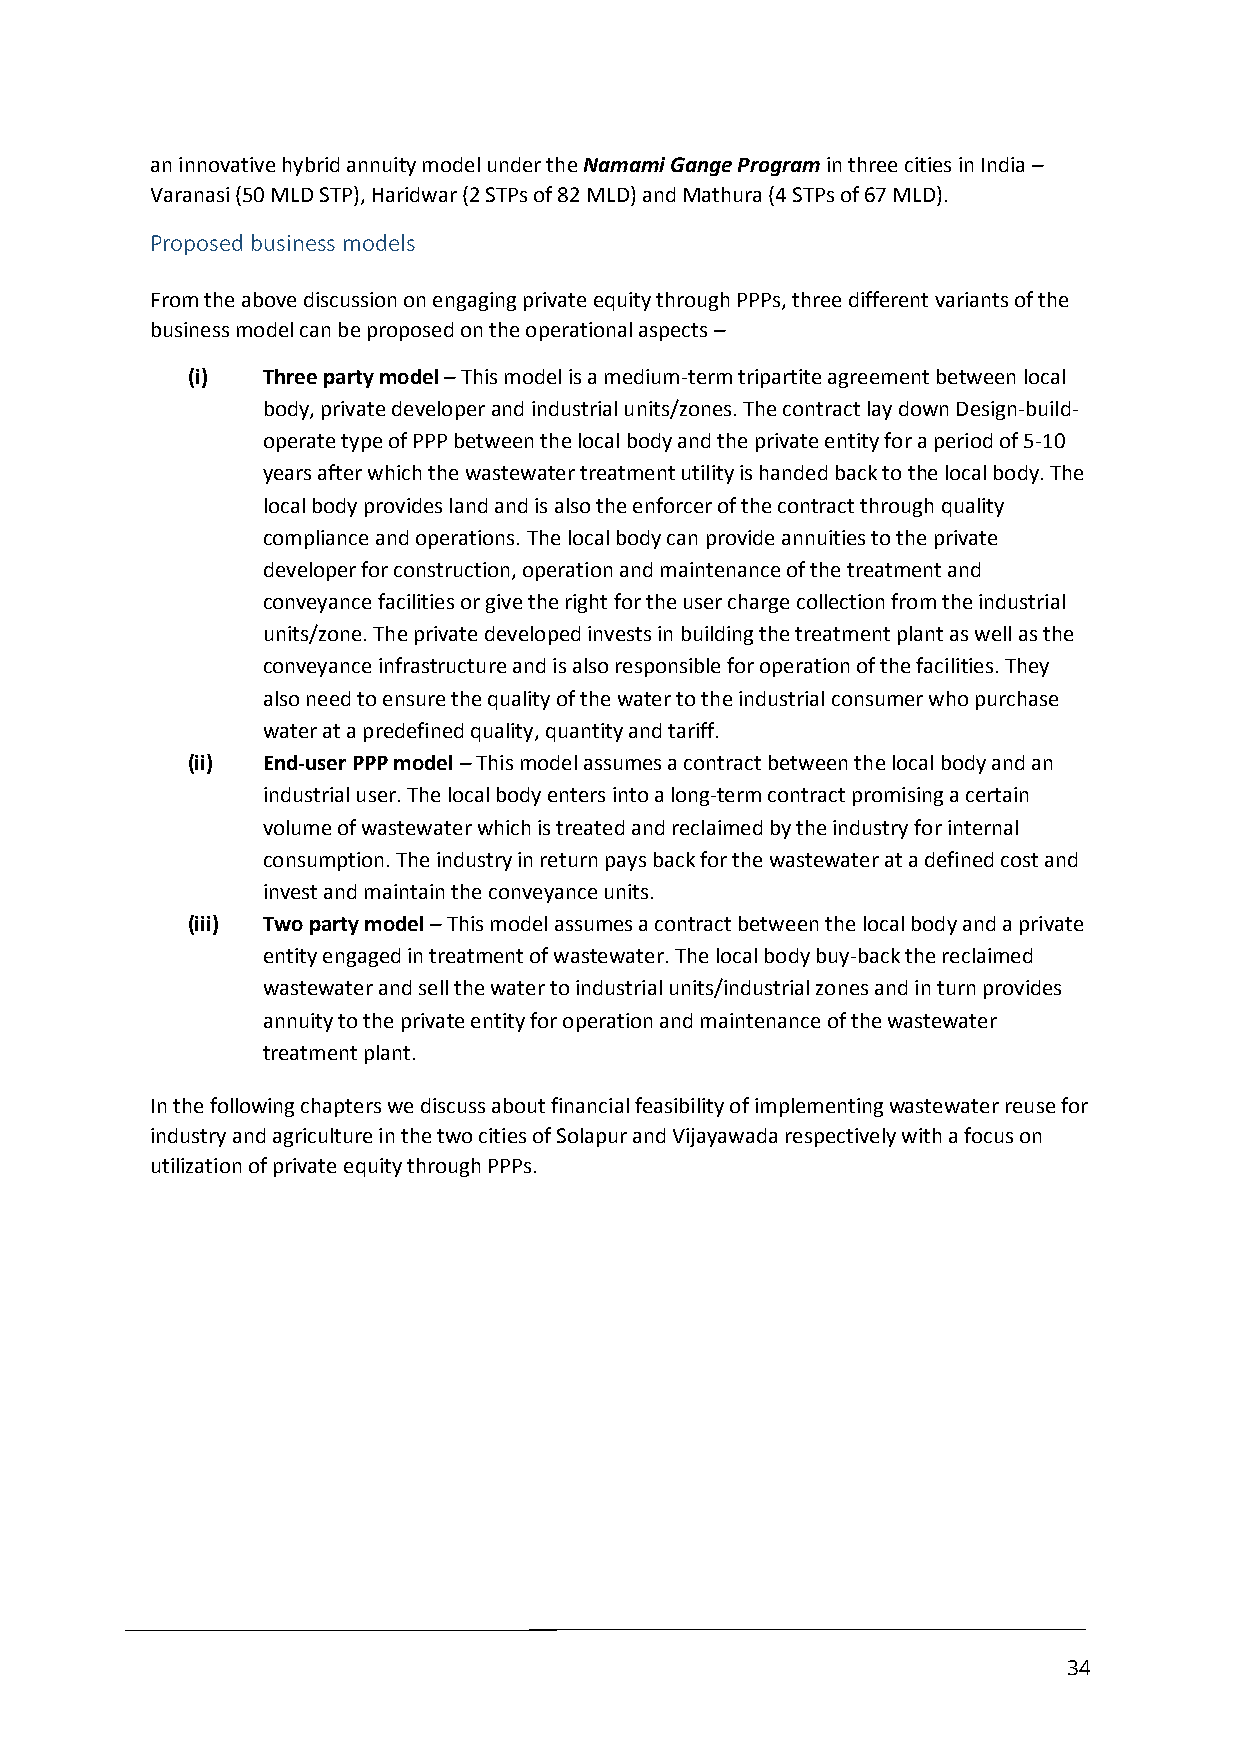
an innovative hybrid annuity model under the Namami Gange Program in three cities in India –
 Varanasi (50 MLD STP), Haridwar (2 STPs of 82 MLD) and Mathura (4 STPs of 67 MLD).
 Proposed business models
 From the above discussion on engaging private equity through PPPs, three different variants of the
 business model can be proposed on the operational aspects –
 (i)  Three party model – This model is a medium-term tripartite agreement between local
 body, private developer and industrial units/zones. The contract lay down Design-build-
 operate type of PPP between the local body and the private entity for a period of 5-10
 years after which the wastewater treatment utility is handed back to the local body. The
 local body provides land and is also the enforcer of the contract through quality
 compliance and operations. The local body can provide annuities to the private
 developer for construction, operation and maintenance of the treatment and
 conveyance facilities or give the right for the user charge collection from the industrial
 units/zone. The private developed invests in building the treatment plant as well as the
 conveyance infrastructure and is also responsible for operation of the facilities. They
 also need to ensure the quality of the water to the industrial consumer who purchase
 water at a predefined quality, quantity and tariff.
 (ii) End-user PPP model – This model assumes a contract between the local body and an
 industrial user. The local body enters into a long-term contract promising a certain
 volume of wastewater which is treated and reclaimed by the industry for internal
 consumption. The industry in return pays back for the wastewater at a defined cost and
 invest and maintain the conveyance units.
 (iii) Two party model – This model assumes a contract between the local body and a private
 entity engaged in treatment of wastewater. The local body buy-back the reclaimed
 wastewater and sell the water to industrial units/industrial zones and in turn provides
 annuity to the private entity for operation and maintenance of the wastewater
 treatment plant.
 In the following chapters we discuss about financial feasibility of implementing wastewater reuse for
 industry and agriculture in the two cities of Solapur and Vijayawada respectively with a focus on
 utilization of private equity through PPPs.
 34